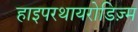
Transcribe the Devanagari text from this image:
हाइपरथायरोडिज़्म